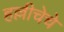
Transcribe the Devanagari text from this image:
हल्लीचेचे